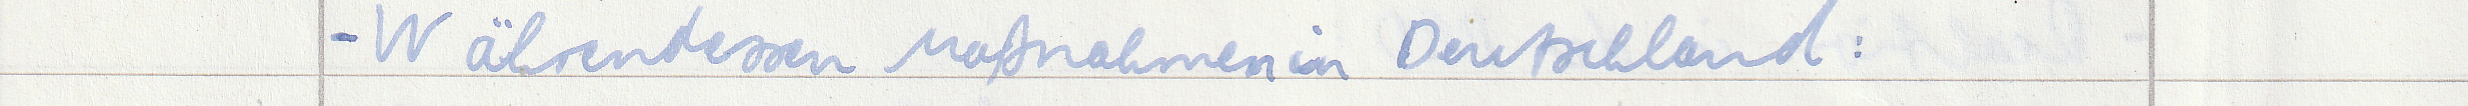
- Währendessen Maßnahmen in Deutschland: